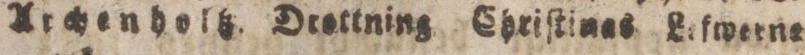
Archenholtz. Drettning Chriſtines. Lefwerne